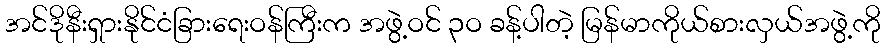
အင်ဒိုနီးရှားနိုင်ငံခြားရေးဝန်ကြီးက အဖွဲ့ဝင် ၃ဝ ခန့်ပါတဲ့ မြန်မာကိုယ်စားလှယ်အဖွဲ့ကို